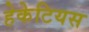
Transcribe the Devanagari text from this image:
हेकेटियस